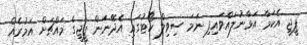
ޕީޖީ އެކަމާ އަޅާނުލައްވައިފި ނަމަ ސިވިލް ކޯޓުގައި އެދޭނަން ޕީޖީގެ މައްޗަށް އަމުރެއް